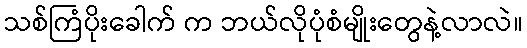
သစ်ကြံပိုးခေါက် က ဘယ်လိုပုံစံမျိုးတွေနဲ့လာလဲ။